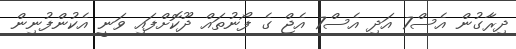
ދިރާގުން އެސް7 އަދި އެސް7 އެޖް ގެ ފޯނުތައް ދޫކޮށްފައި ވަނީ އެކުންފުނިން